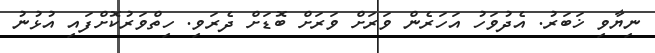
ނިޔާވި ޚަބަރު. އެދުވަހު އަހަރެން ވަރަށް ވަރަށް ބޮޑަށް ދެރަވި. ހިތްވަރުކޮށްފައި އުޅުނު